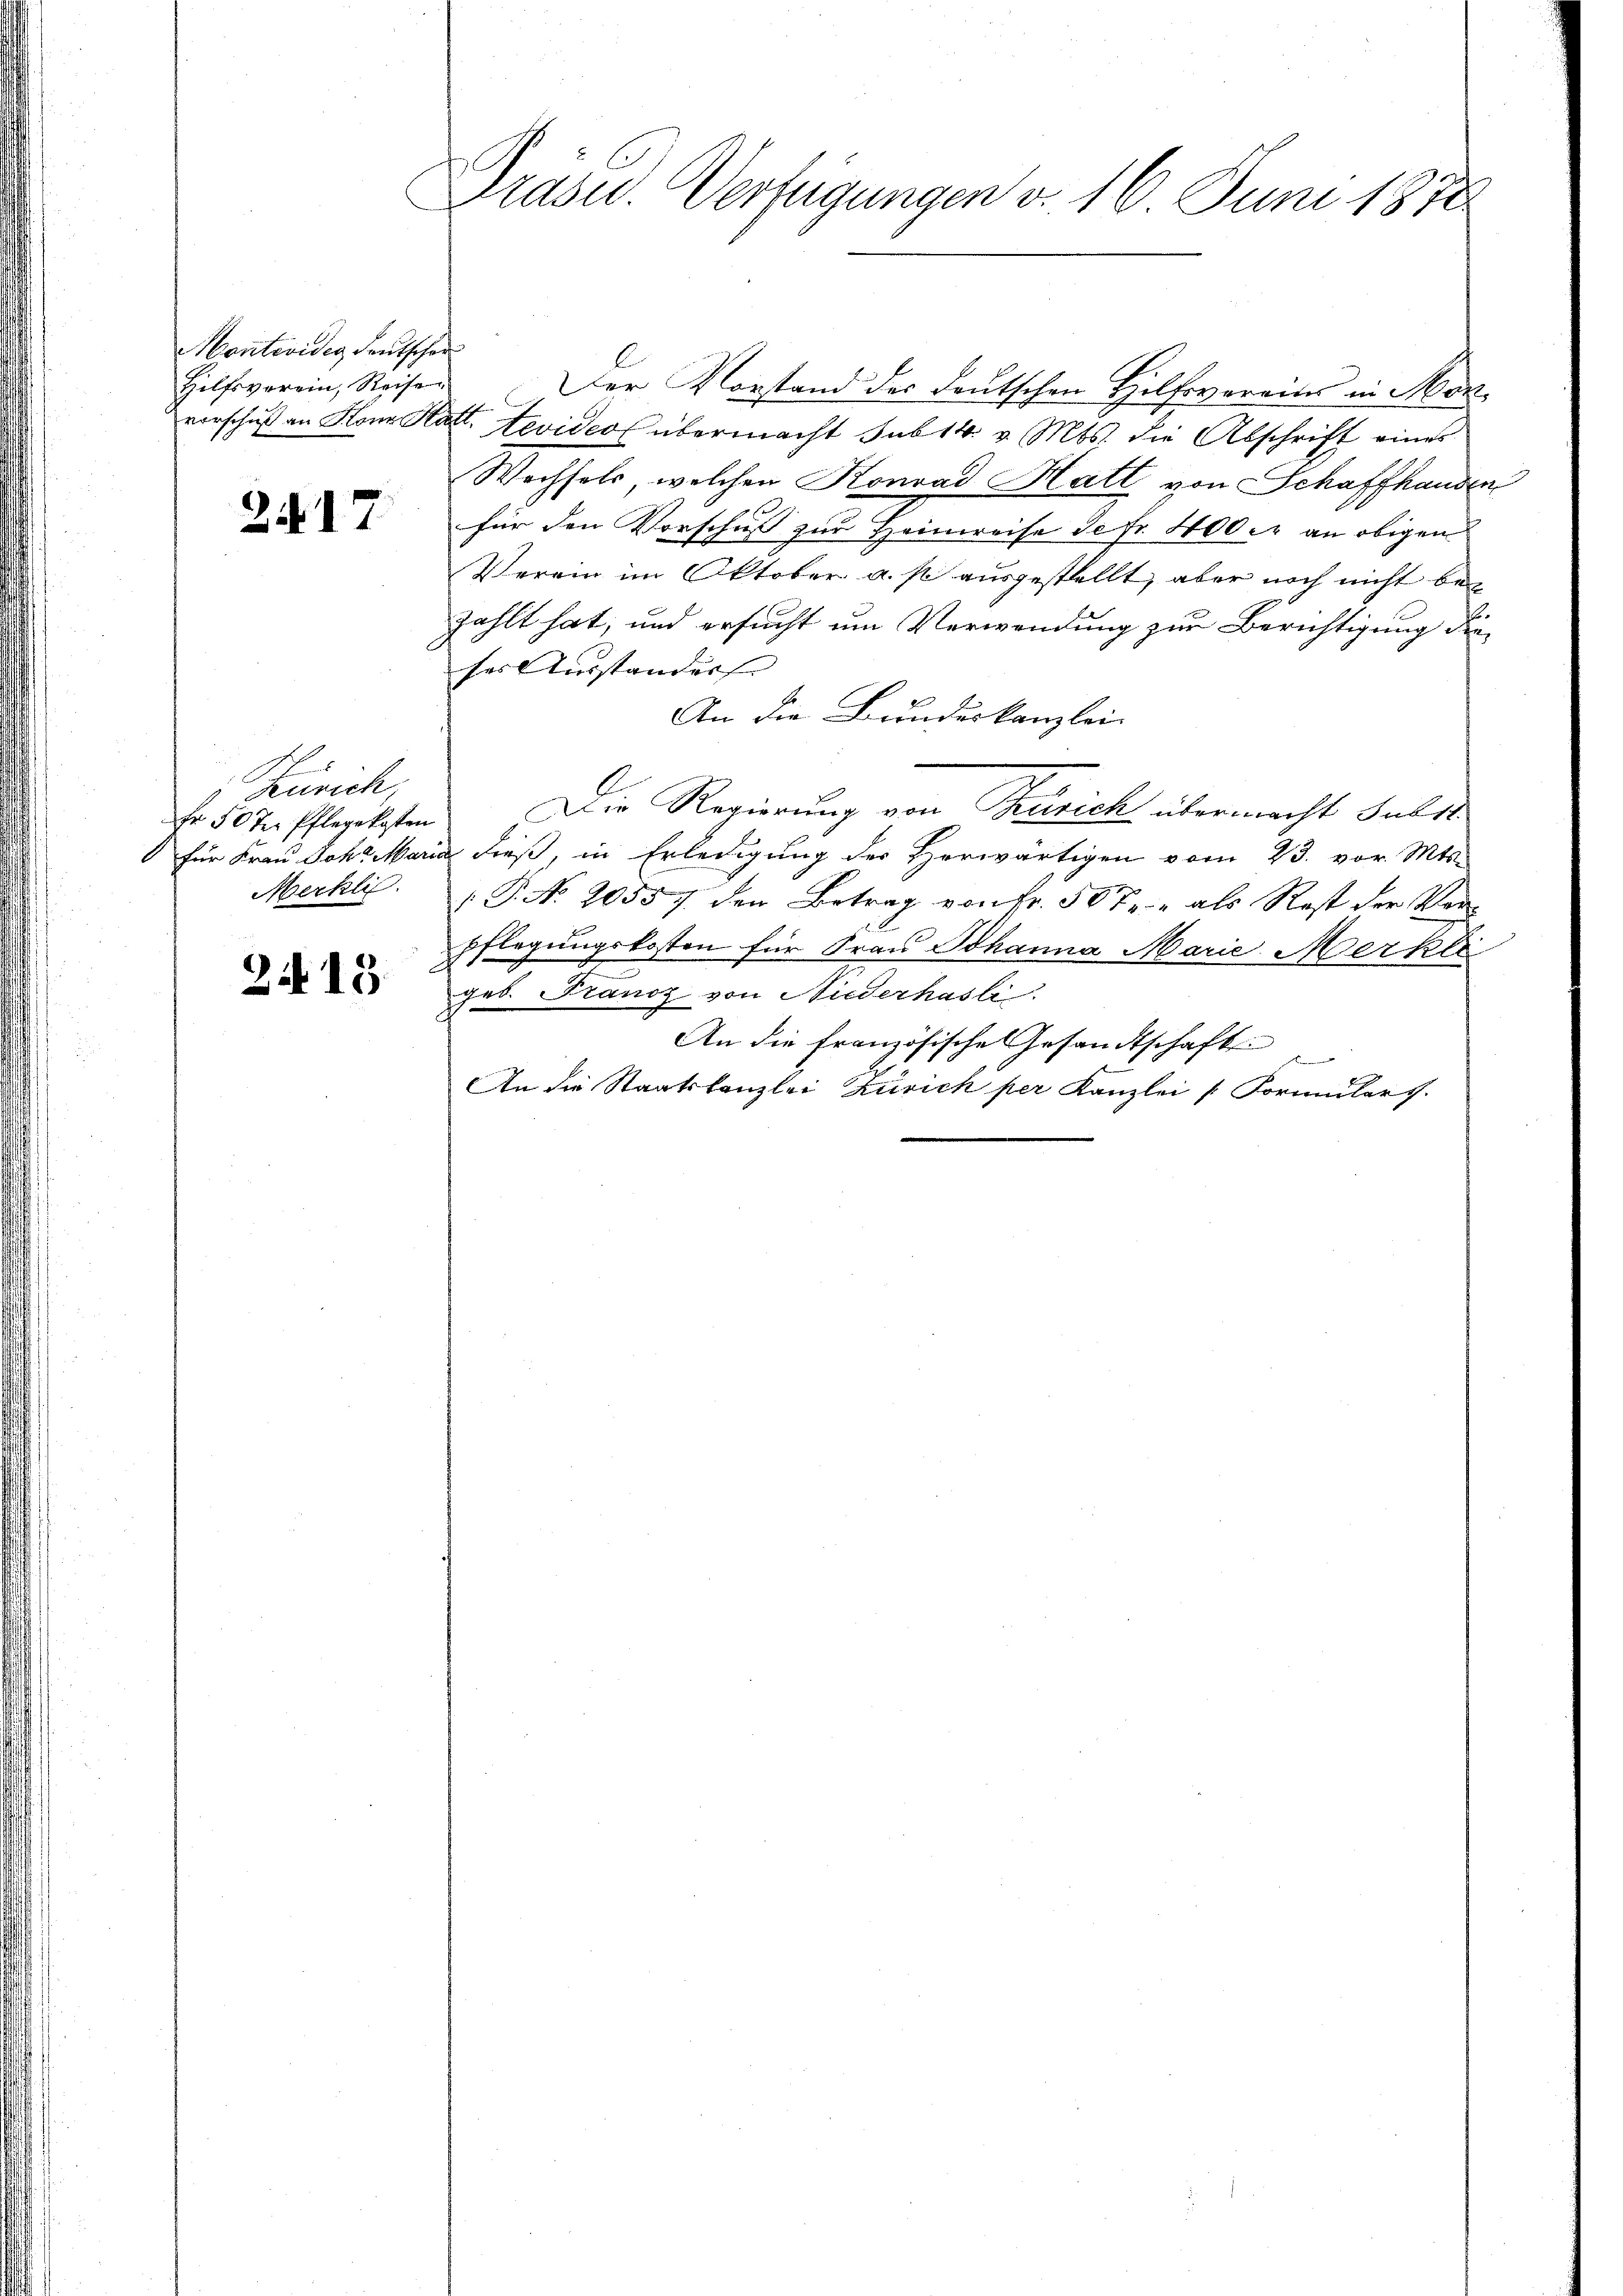
Montevides deutscher

2417.

2
Zürich,
Fr 50 J. Pflegekosten
Merklic

2415

Präsid. Verfügungen v. 16. Juni 1878

Hilfsverein, Reisen. Der Vorstand des deutschen Hilfsvereins in Herz
vorschŭβ an Konr. Hatt. Nevideo übermacht sub 14. v. Mts. die Abschrift eines
Wechsels, welchen Konrad Hatt von Schaffhanden
für den Vorschuss zur Heimreise de fr. 400. an obigen
Verein im Oktober a. p. ausgestellt, aber noch nicht bezahlt hat, und ersucht um Verwendung zur Berichtigung die
ses Umstanders |
An die Bundeskanzlei-
Die Regierung von Zusich übermacht Subst
für Frau Joh. Maria dieß, in Erledigung des Herwärtigen vom 23. vor. Mts.
 P. No. 20557. den Betrag von Fr. 50 Fr. als Rest der Vorpflegungskosten für Frau Johanna Marie Merker
geb. Franz von Niederhasli
An die französische Gesandtschaft
An die Staatskanzlei Zürich per Kanzlei Formulars.